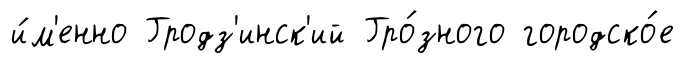
и́м'енно Гродз'инск'ий Гро́зного городско́е